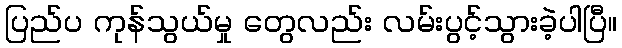
ပြည်ပ ကုန်သွယ်မှု တွေလည်း လမ်းပွင့်သွားခဲ့ပါပြီ။